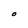
Character: O